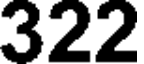
322